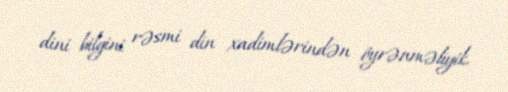
dini bilgini rəsmi din xadimlərindən öyrənməliyik.